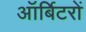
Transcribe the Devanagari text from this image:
ऑर्बिटरों